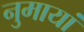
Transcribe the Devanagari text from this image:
नुमायां